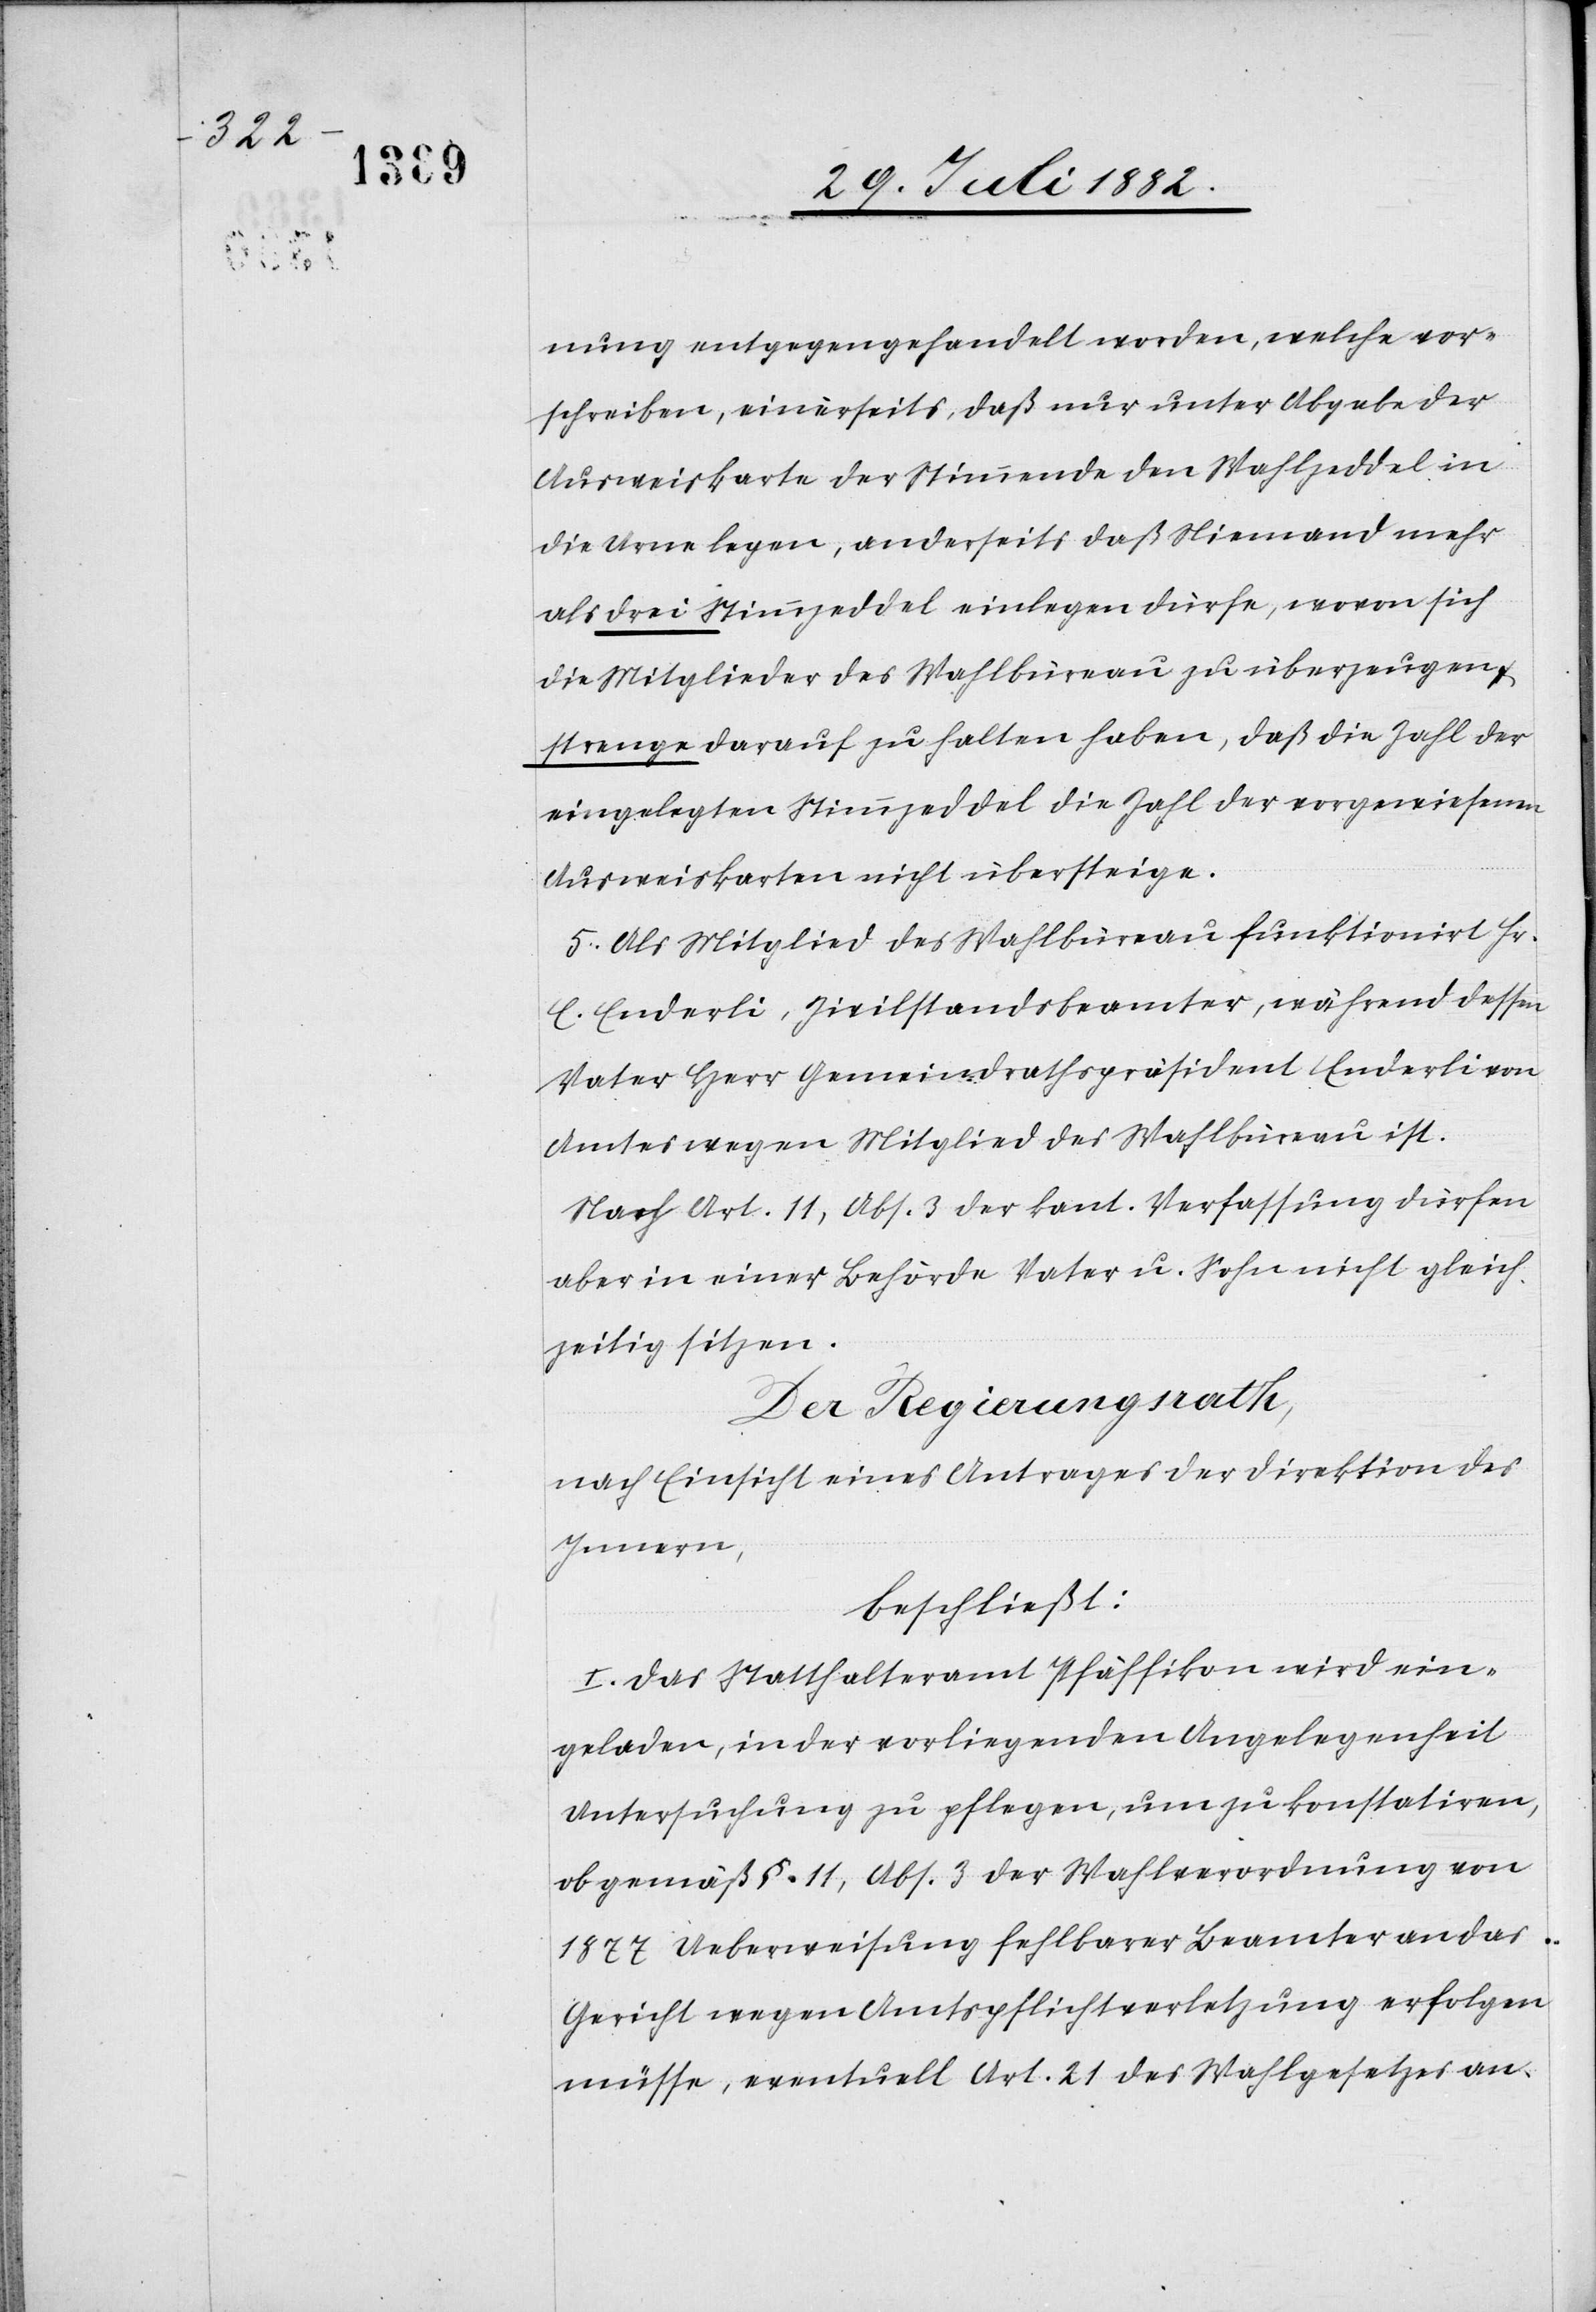
nung entgegengehandelt worden, welche vor¬
schreiben, einerseits, daß nur unter Abgabe der
Ausweiskarte der Stimmende den Wahlzeddel in
die Urne legen, anderseits daß Niemand mehr
als drei Stimmzeddel einlegen dürfe, wovon sich
die Mitglieder des Wahlbüreau zu überzeugen &
strenge darauf zu halten haben, daß die Zahl der
eingelegten Stimmzeddel die Zahl der vorgewiesenen
Ausweiskarten nicht übersteige.
5. Als Mitglied des Wahlbüreau funktionirt Hr.
E. Enderli, Zivilstandsbeamter, während dessen
Vater Herr Gemeindrathspräsident Enderli von
Amtes wegen Mitglied des Wahlbüreau ist.
Nach Art. 11, Abs. 3 der kant. Verfassung dürfen
aber in einer Behörde Vater u. Sohn nicht gleich¬
zeitig sitzen.
Der Regierungsrath,
nach Einsicht eines Antrages der Direktion des
Innern,
beschließt:
I. Das Statthalteramt Pfäffikon wird ein¬
geladen, in der vorliegenden Angelegenheit
Untersuchung zu pflegen, um zu konstatiren,
ob gemäß §. 11, Abs. 3 der Wahlverordnung von
1877 Ueberweisung fehlbarer Beamter an das
Gericht wegen Amtspflichtverletzung erfolgen
müsse, eventuell Art. 21 des Wahlgesetzes an-